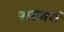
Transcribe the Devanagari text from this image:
अटबर्ग